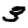
Digit: 3